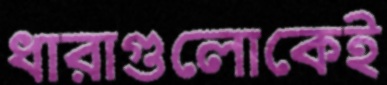
ধারাগুলোকেই